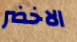
الاخضر